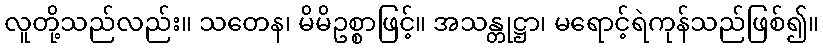
လူတို့သည်လည်း။ သတေန၊ မိမိဥစ္စာဖြင့်။ အသန္တုဋ္ဌာ၊ မရောင့်ရဲကုန်သည်ဖြစ်၍။